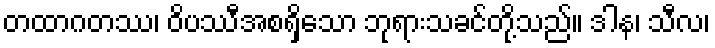
တထာဂတဿ၊ ဝိပဿီအစရှိသော ဘုရားသခင်တို့သည်။ ဒါန၊ သီလ၊